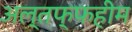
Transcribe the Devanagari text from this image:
अल्तफ्फहीम